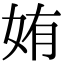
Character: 姷